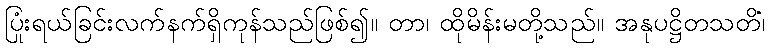
ပြုံးရယ်ခြင်းလက်နက်ရှိကုန်သည်ဖြစ်၍။ တာ၊ ထိုမိန်းမတို့သည်။ အနုပဋ္ဌိတသတိံ၊